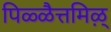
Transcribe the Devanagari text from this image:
पिळ्ळैत्तमिऴ्